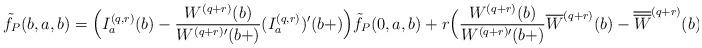
LaTeX: \begin{align*}\tilde{f}_P(b,a,b)&= \Big( I_a^{(q,r)}(b) - \frac{W^{(q+r)}(b)}{W^{(q+r) \prime}(b+)} (I_a^{(q,r)})'(b +) \Big) \tilde{f}_P(0,a,b) +r\Big(\frac{W^{(q+r)}(b)}{W^{(q+r)\prime}(b+)}\overline{W}^{(q+r)}(b)-\overline{\overline{W}}^{(q+r)}(b)\Big).\end{align*}